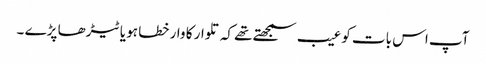
آپ اس بات کو عیب سمجھتے تھے کہ تلوار کا وار خطا ہو یا ٹیڑھا پڑے ۔